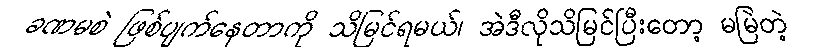
ခဏမစဲ ဖြစ်ပျက်နေတာကို သိမြင်ရမယ်၊ အဲဒီလိုသိမြင်ပြီးတော့ မမြဲတဲ့